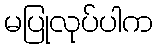
မပြုလုပ်ပါက